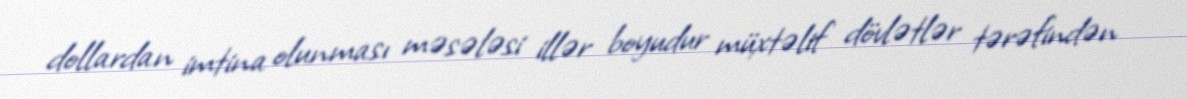
dollardan imtina olunması məsələsi illər boyudur müxtəlif dövlətlər tərəfindən